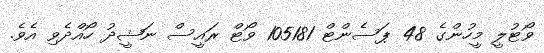
ވޯޓުލީ މީހުންގެ 48 ޕަސެންޓް 105181 ވޯޓް ރައީސް ނަޝީދު ހޯއްދެވި އެވެ.